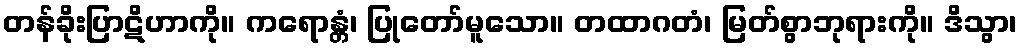
တန်ခိုးပြာဋိဟာကို။ ကရောန္တံ၊ ပြုတော်မူသော။ တထာဂတံ၊ မြတ်စွာဘုရားကို။ ဒိသွာ၊